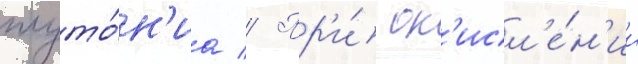
плуто́н'иа // Пр'и́ ок'исл'е́н'ии